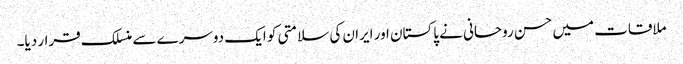
ملاقات میں حسن روحانی نے پاکستان اور ایران کی سلامتی کو ایک دوسرے سے منسلک قرار دیا۔